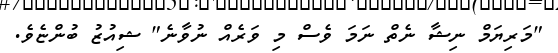
"މަރިޔަމް ނިޝާ ނެތް ނަމަ ވެސް މި ވަރެއް ނުވާނެ" ޝިއުޒު ބުންޏެވެ.